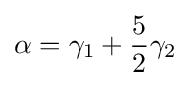
\alpha =\gamma _{1}+{5 \over 2}\gamma _{2}